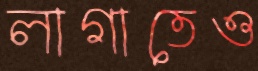
লাগাতেও